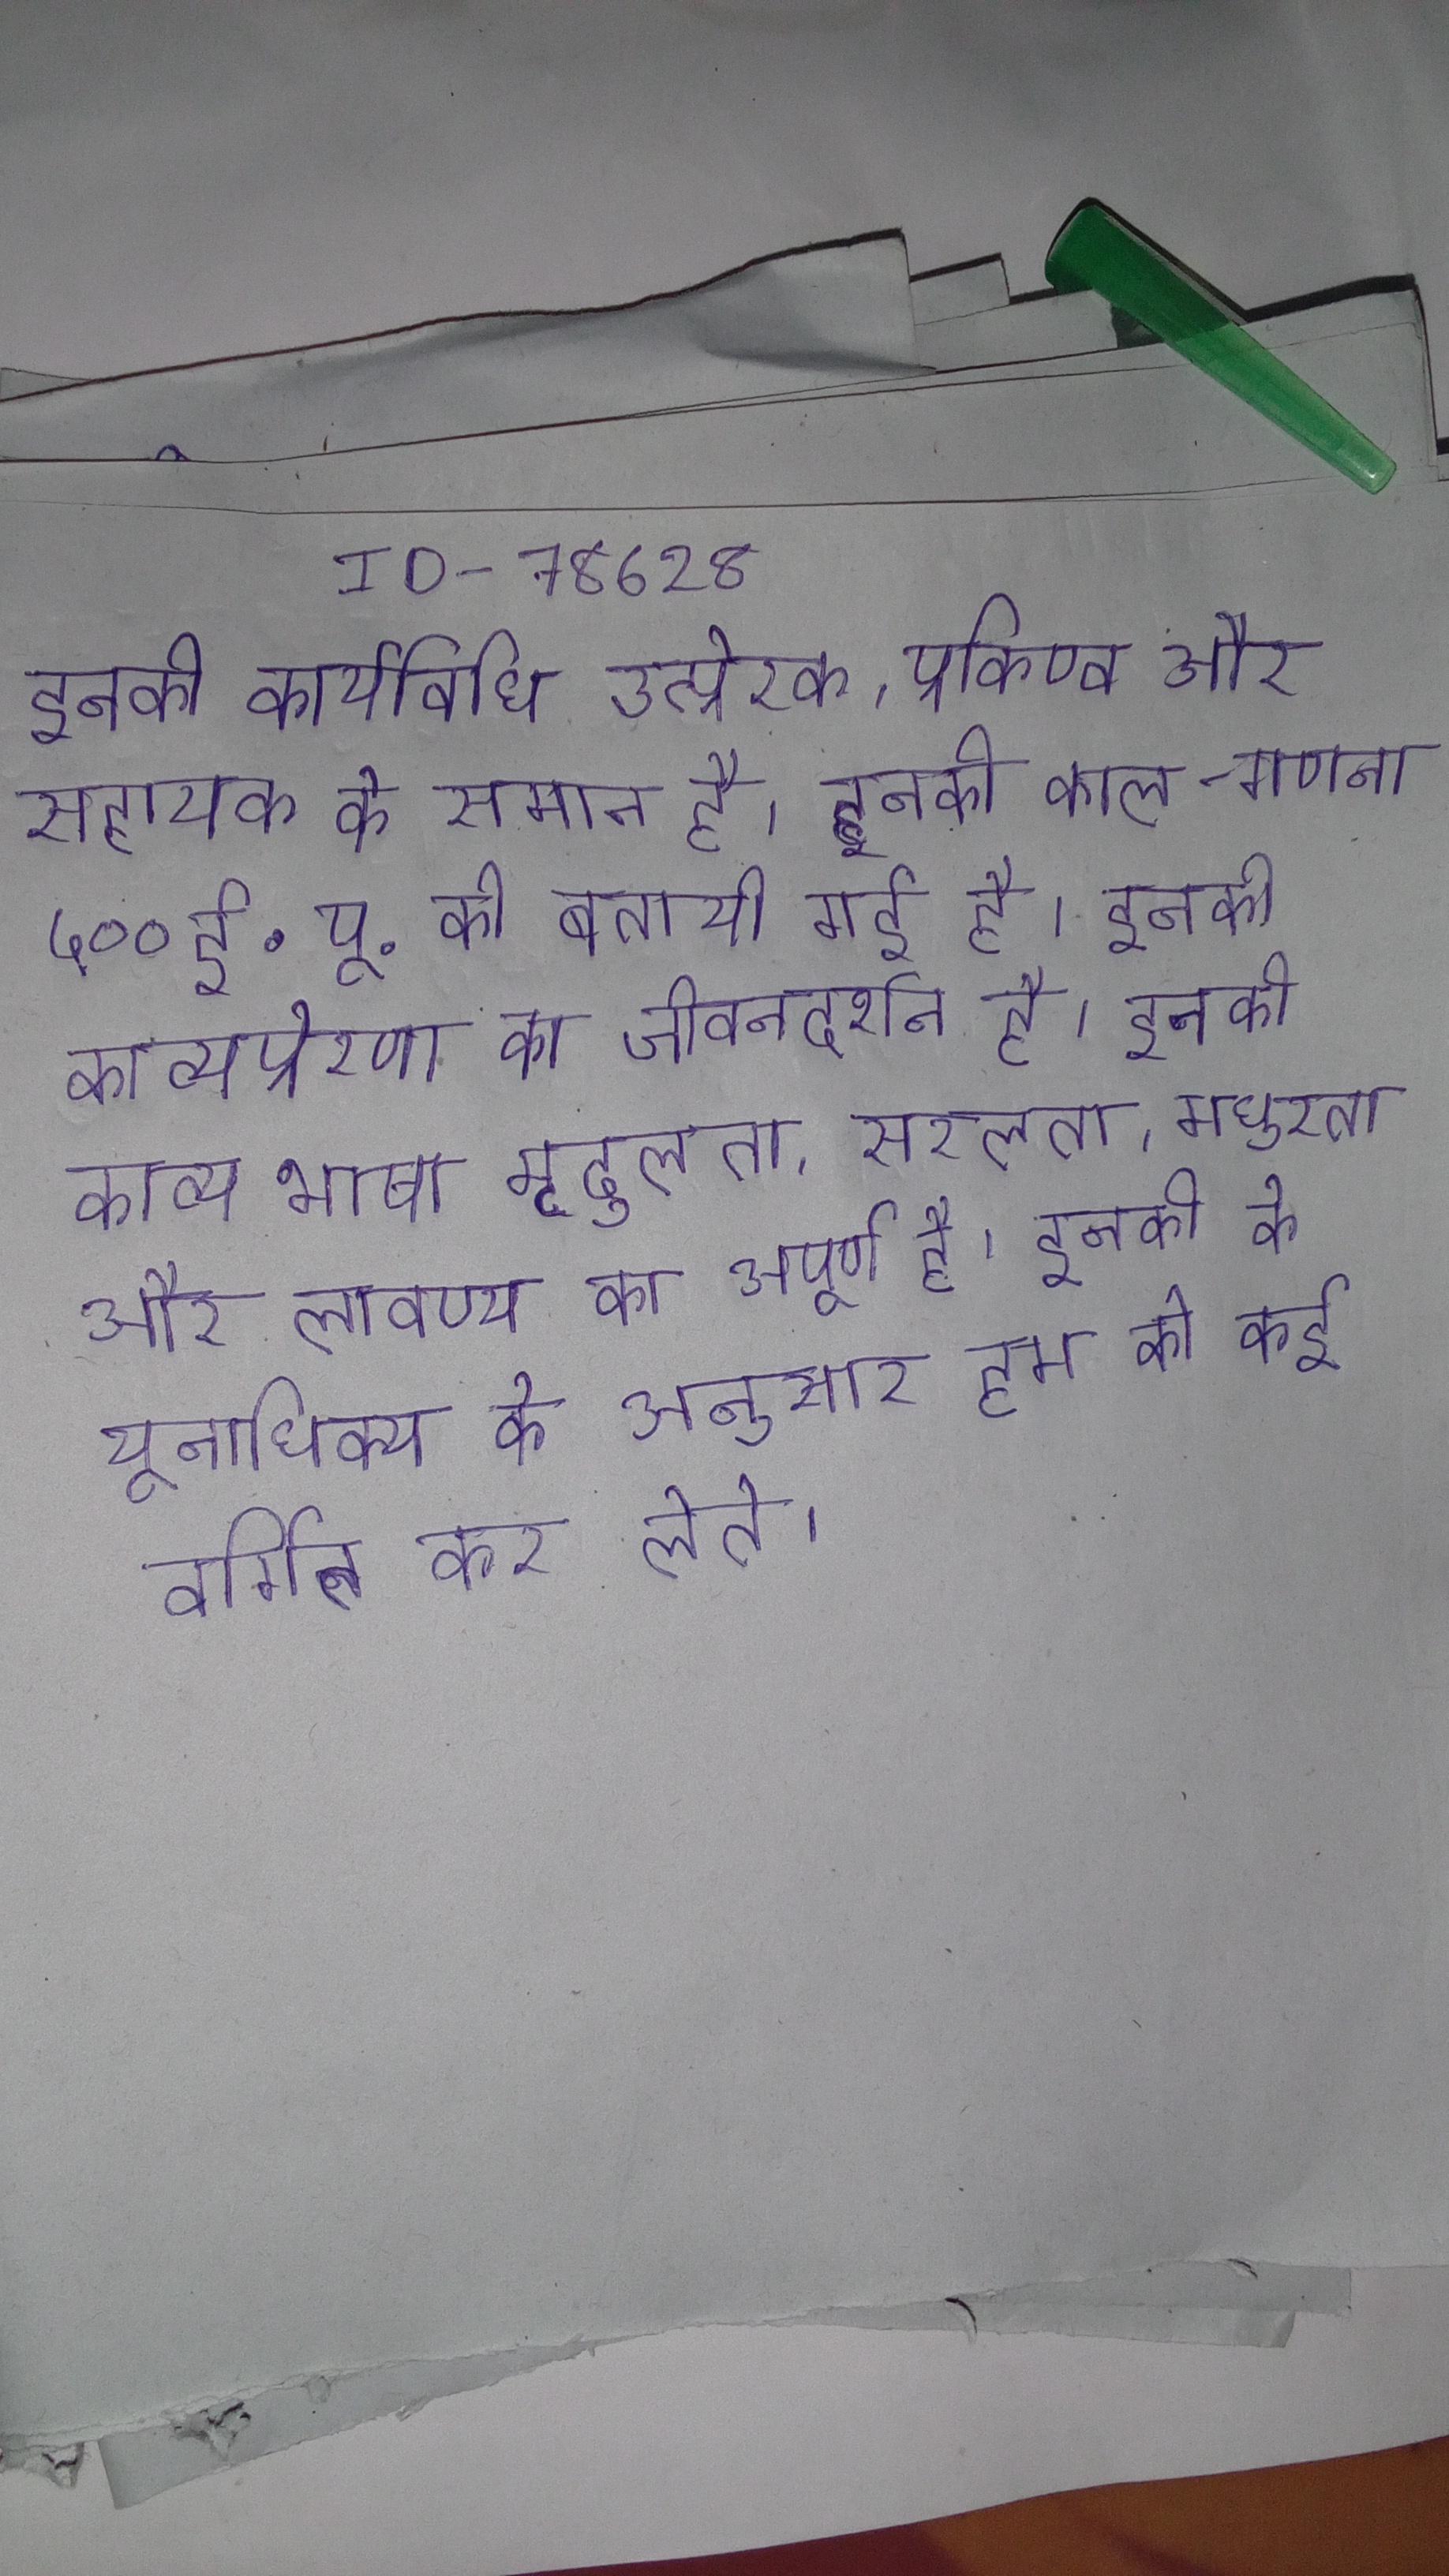
इनकी कार्यविधि उत्प्रेरक, प्रकिण्व और सहायक के समान है । इनकी काल-गणना ५०० ई.पू. की बतायी गई है । इनकी काव्यप्रेरणा का जीवनदर्शन है । इनकी काव्य भाषा मृदुलता, सरलता, मधुरता और लावण्य का अपूर्ण है । इनकी के यूनाधिक्य के अनुसार हम को कई वर्गित कर लेते ।